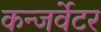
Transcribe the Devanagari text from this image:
कन्जर्वेटर